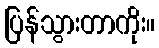
ပြန်သွားတာကိုး။